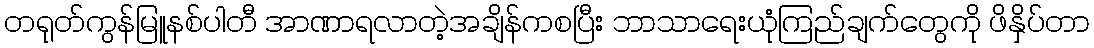
တရုတ်ကွန်မြူနစ်ပါတီ အာဏာရလာတဲ့အချိန်ကစပြီး ဘာသာရေးယုံကြည်ချက်တွေကို ဖိနှိပ်တာ